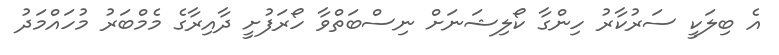
އެ ބިލަކީ ސަރުކާރު ހިންގާ ކޯލިޝަނަށް ނިސްބަތްވާ ހޯރަފުށީ ދާއިރާގެ މެމްބަރު މުހައްމަދު